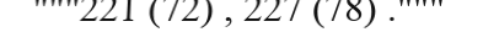
"""221 (72) , 227 (78) ."""